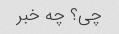
چی؟ چه خبر